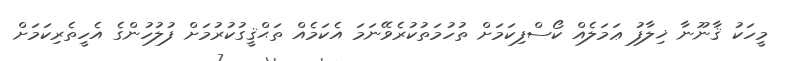
މީހަކު ޤާނޫނާ ޚިލާފު ޢަމަލެއް ކޯސްފިކަމަށް ތުހުމަތުކުރެވޭނަމަ އެކަމެއް ތަޙްޤީގުކުރުމަށް ފުލުހުންގެ އެހީތެރިކަމަށް